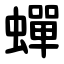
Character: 蟬